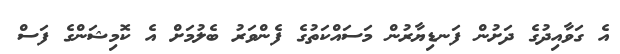
އެ ގަވާއިދުގެ ދަށުން ފަނޑިޔާރުން މަސައްކަތުގެ ފެންވަރު ބެލުމަށް އެ ކޮމިޝަންގެ ފަސް